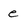
Character: e